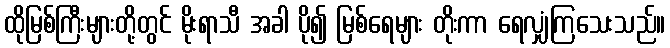
ထိုမြစ်ကြီးများတို့တွင် မိုးရာသီ အခါ ပို၍ မြစ်ရေများ တိုးကာ ရေလျှံကြသေးသည်။